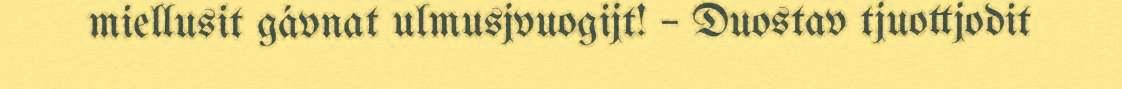
miellusit gávnat ulmusjvuogijt! – Duostav tjuottjodit